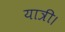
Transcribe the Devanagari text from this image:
यात्री।